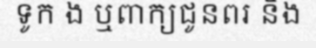
ទូក ង ឬពាក្យជូនពរ និង